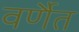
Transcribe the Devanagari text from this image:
वर्णैत